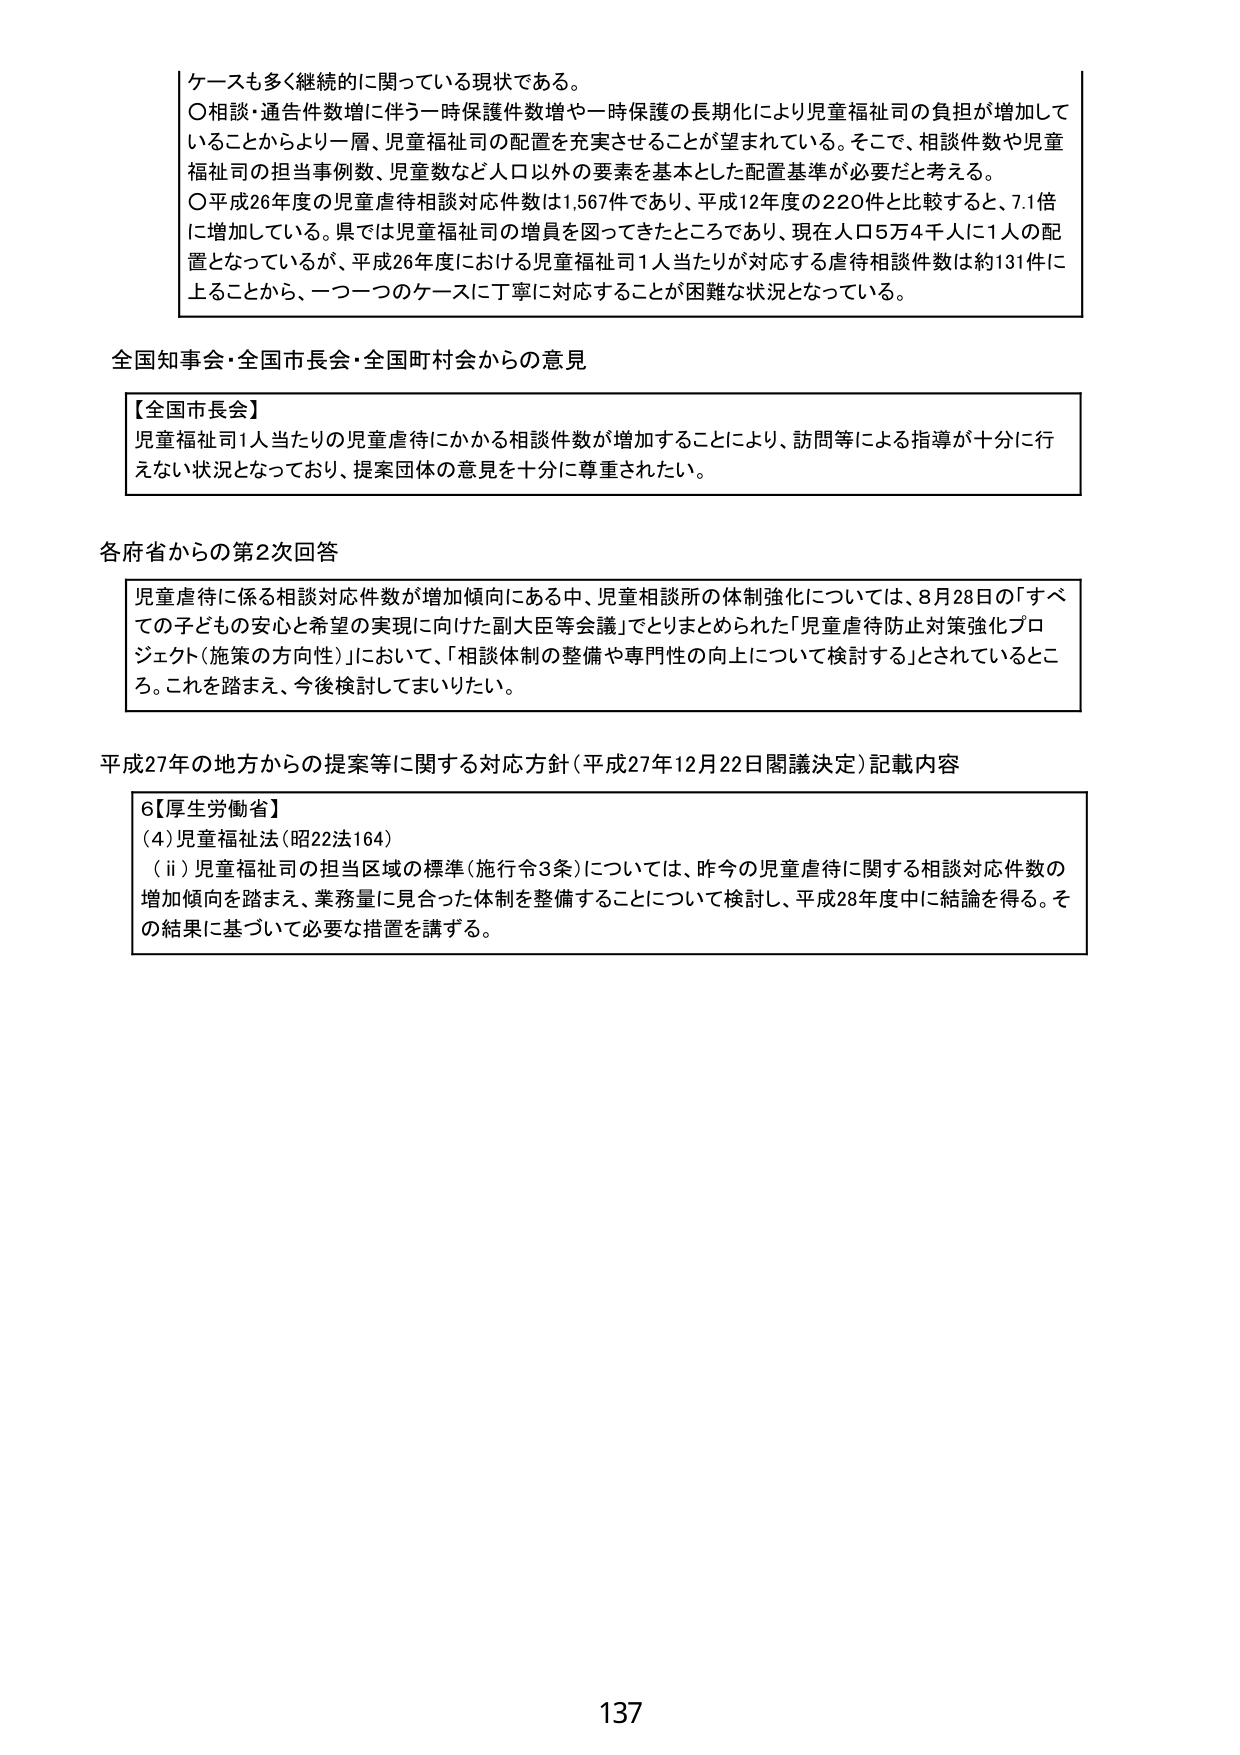
ケースも多く継続的に関わっている現状である。
○相談・通告件数増に伴う一時保護件数増や一時保護の長期化により児童福祉司の負担が増加していることからより一層、児童福祉司の配置を充実させることが望まれている。そこで、相談件数や児童福祉司の担当事例数、児童数など人口以外の要素を基本とした配置基準が必要だと考える。
○平成26年度の児童虐待相談対応件数は1,567件であり、平成12年度の220件と比較すると、7.1倍に増加している。県では児童福祉司の増員を図ってきたところであり、現在人口5万4千人に1人の配置となっているが、平成26年度における児童福祉司1人当たりが対応する虐待相談件数は約131件に上ることから、一つ一つのケースに丁寧に対応することが困難な状況となっている。

全国知事会・全国市長会・全国町村会からの意見

【全国市長会】
児童福祉司1人当たりの児童虐待にかかる相談件数が増加することにより、訪問等による指導が十分に行えない状況となっており、提案団体の意見を十分に尊重されたい。

各府省からの第2次回答

児童虐待に係る相談対応件数が増加傾向にある中、児童相談所の体制強化については、8月28日の「すべての子どもの安心と希望の実現に向けた副大臣等会議」でとりまとめられた「児童虐待防止対策強化プロジェクト（施策の方向性）」において、「相談体制の整備や専門性の向上について検討する」とされているところ。これを踏まえ、今後検討してまいりたい。

平成27年の地方からの提案等に関する対応方針（平成27年12月22日閣議決定）記載内容

6【厚生労働省】
(4) 児童福祉法（昭22法164）
（ii）児童福祉司の担当区域の標準（施行令3条）については、昨今の児童虐待に関する相談対応件数の増加傾向を踏まえ、業務量に見合った体制を整備することについて検討し、平成28年度中に結論を得る。その結果に基づいて必要な措置を講ずる。

137